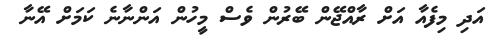
އަދި މިފެއާ އަށް ރާއްޖޭން ބޭރުން ވެސް މީހުން އަންނާނެ ކަމަށް އޭނާ